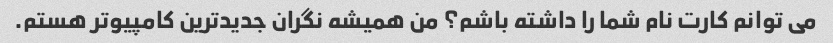
می توانم کارت نام شما را داشته باشم؟ من همیشه نگران جدیدترین کامپیوتر هستم.